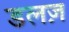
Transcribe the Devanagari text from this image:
डलज़